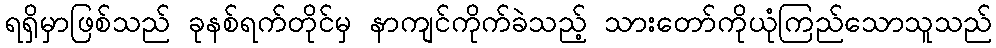
ရရှိမှာဖြစ်သည် ခုနစ်ရက်တိုင်မှ နာကျင်ကိုက်ခဲသည့် သားတော်ကိုယုံကြည်သောသူသည်